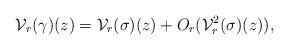
LaTeX: \begin{align*}\mathcal{V}_r(\gamma)(z)= \mathcal{V}_r(\sigma)(z) +O_r(\mathcal{V}^2_r(\sigma)(z)),\end{align*}